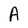
Character: A